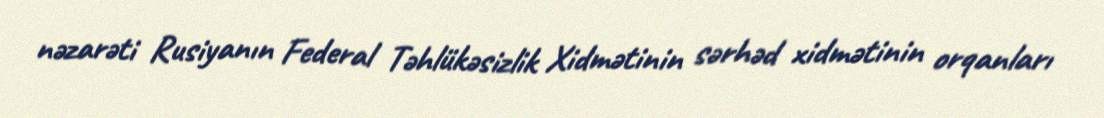
nəzarəti Rusiyanın Federal Təhlükəsizlik Xidmətinin sərhəd xidmətinin orqanları